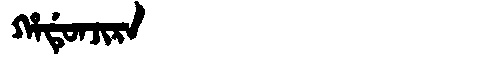
Manchu: ᡥᠠᡩᡠᠨᠵᡳᡵᠠ
Romanization: HADUNJIRA